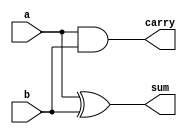
module half_adder(a,b,sum,carry);
input a,b;
output sum,carry;
assign sum=a^b;
assign carry=a&b;
endmodule


module fa_using_ha(a,b,c,sm,co);
input wire a,b,c;
output wire sm,co;
wire s1,c1,c2;
//half adder 1
assign s1=a^b;
assign c1=a&b;
//half adder 2
assign sm=s1^c;
assign c2=s1&c;
//for carry
assign co=c1|c2;
endmodule